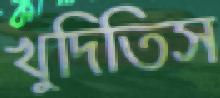
খুদিতিস